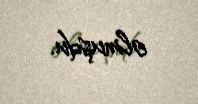
olmuşdu.